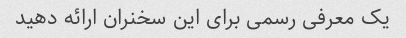
یک معرفی رسمی برای این سخنران ارائه دهید